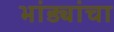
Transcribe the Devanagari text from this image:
भांड्यांचा